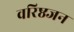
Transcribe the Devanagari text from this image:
वरिष्ठजन